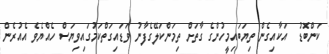
ކަންބޮޑު  އަކާއިގެން ތިޔަބައިމީހުންގެ ގާތަށް ތިމަންކަލޭގެފާނު ވަޑައިގަތްކަމުގައިވިޔަސް ހެއްޔެވެ އެއުރެން